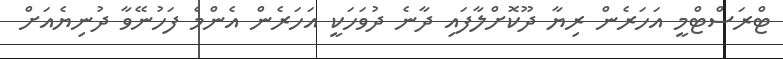
ޓްރަސްޓްމީ އަހަރެން ރިޔާ ދޫކޮށްލާފައި ދާނެ ދުވަހަކީ އަހަރެން އެންމެ ފަހުނޭވާ ދުނިޔެއަށް